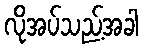
လိုအပ်သည့်အခါ